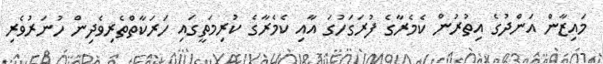
މައިޒާން އަންދުގެ އިތުރުން ކެމެރާގެ ފުރަގަހުގަ އާއި ކެމެރާގެ ކުރިމަތީގައި ހަރަކާތްތެރިވެދިން ހުނަރުވެރި